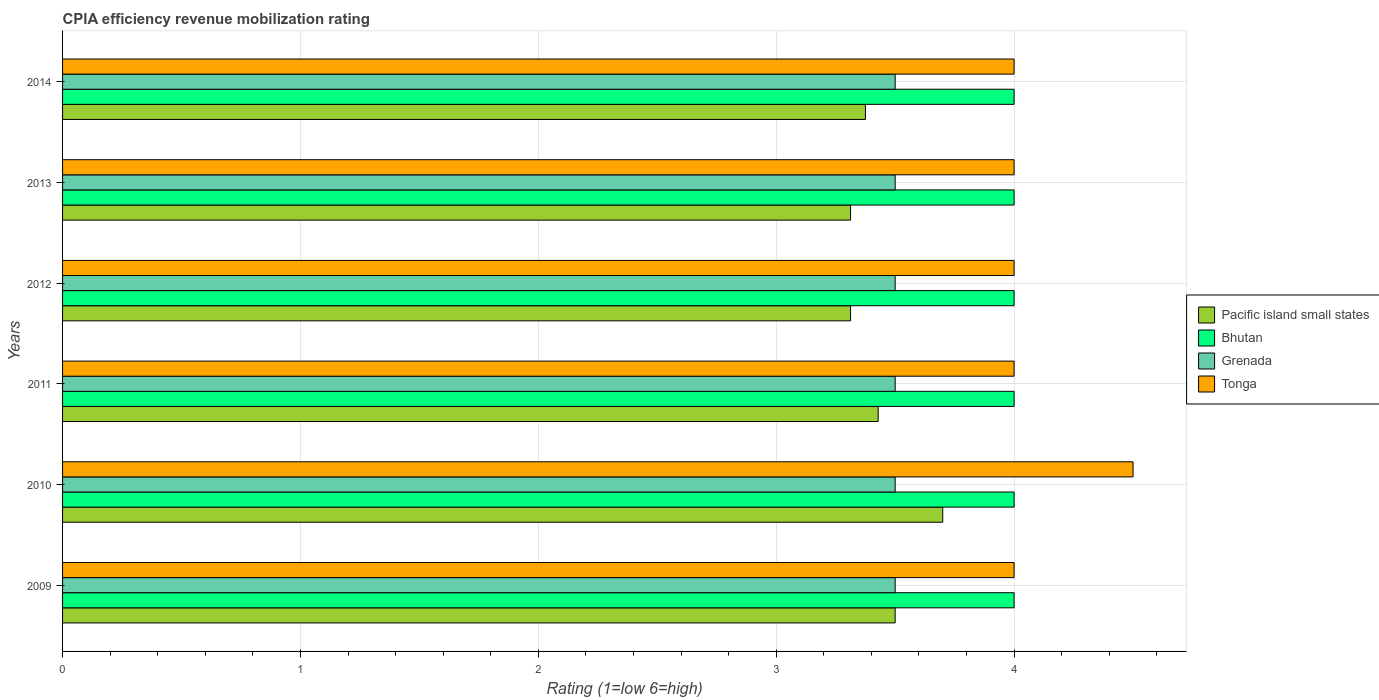
| Years | Pacific island small states | Bhutan | Grenada | Tonga |
 | --- | --- | --- | --- | --- |
 | 2009 | 3.5 | 4 | 3.5 | 4 |
 | 2010 | 3.7 | 4 | 3.5 | 4.5 |
 | 2011 | 3.43 | 4 | 3.5 | 4 |
 | 2012 | 3.31 | 4 | 3.5 | 4 |
 | 2013 | 3.31 | 4 | 3.5 | 4 |
 | 2014 | 3.38 | 4 | 3.5 | 4 |